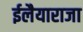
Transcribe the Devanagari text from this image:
ईलैयाराजा